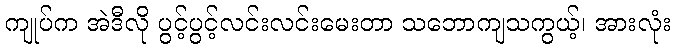
ကျုပ်က အဲဒီလို ပွင့်ပွင့်လင်းလင်းမေးတာ သဘောကျသကွယ့်၊ အားလုံး